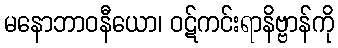
မနောဘာဝနီယော၊ ဝဋ်ကင်းရာနိဗ္ဗာန်ကို